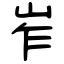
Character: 岝